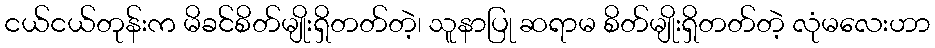
ငယ်ငယ်တုန်းက မိခင်စိတ်မျိုးရှိတတ်တဲ့၊ သူနာပြု ဆရာမ စိတ်မျိုးရှိတတ်တဲ့ လုံမလေးဟာ